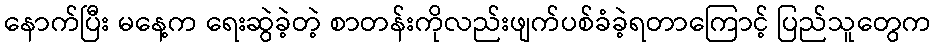
နောက်ပြီး မနေ့က ရေးဆွဲခဲ့တဲ့ စာတန်းကိုလည်းဖျက်ပစ်ခံခဲ့ရတာကြောင့် ပြည်သူတွေက